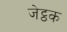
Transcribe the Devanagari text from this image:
जेट्ठक